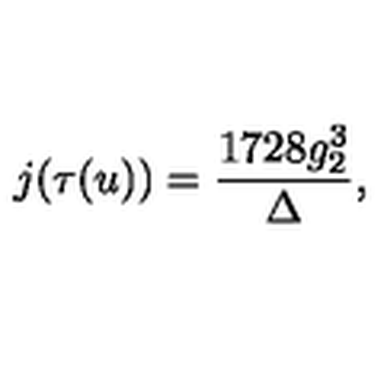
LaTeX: j ( \tau ( u ) ) = \frac { 1 7 2 8 g _ { 2 } ^ { 3 } } { \Delta } ,